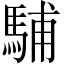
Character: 䮒